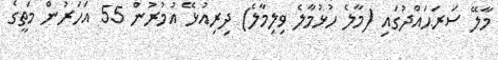
މާލޭ ސަރަޙައްދުގައި (މާލެ ހުޅުމާލެ ވިލިމާލެ) ދިރިއުޅޭ އުމުރުން 55 އަހަރުން މަތީގެ